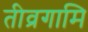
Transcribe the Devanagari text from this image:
तीव्रगामि